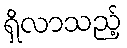
ရှိလာသည့်